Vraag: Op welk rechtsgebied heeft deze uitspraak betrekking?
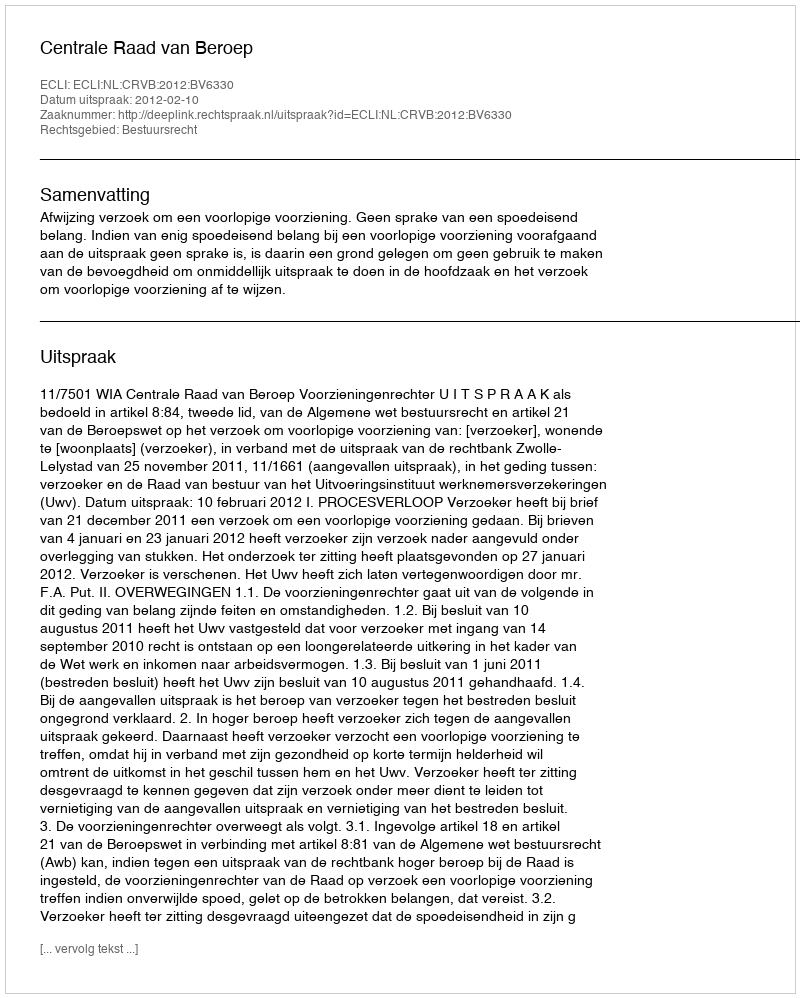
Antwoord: Bestuursrecht